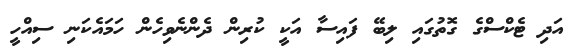
އަދި ޓެކްސްގެ ގޮތުގައި ލިބޭ ފައިސާ އަކީ ކުރިން ދެންނެވިހެން ހަމައެކަނި ސިއްހީ